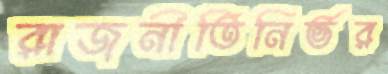
রাজনীতিনির্ভর